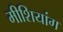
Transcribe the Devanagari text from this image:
मीशियांग